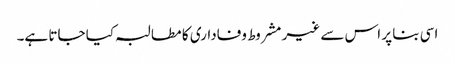
اسی بنا پر اس سے غیر مشروط وفاداری کا مطالبہ کیا جاتا ہے۔